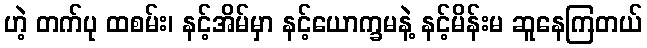
ဟဲ့ တက်ပု ထစမ်း၊ နင့်အိမ်မှာ နင့်ယောက္ခမနဲ့ နင့်မိန်းမ ဆူနေကြတယ်